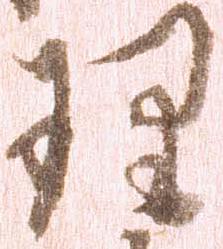
理